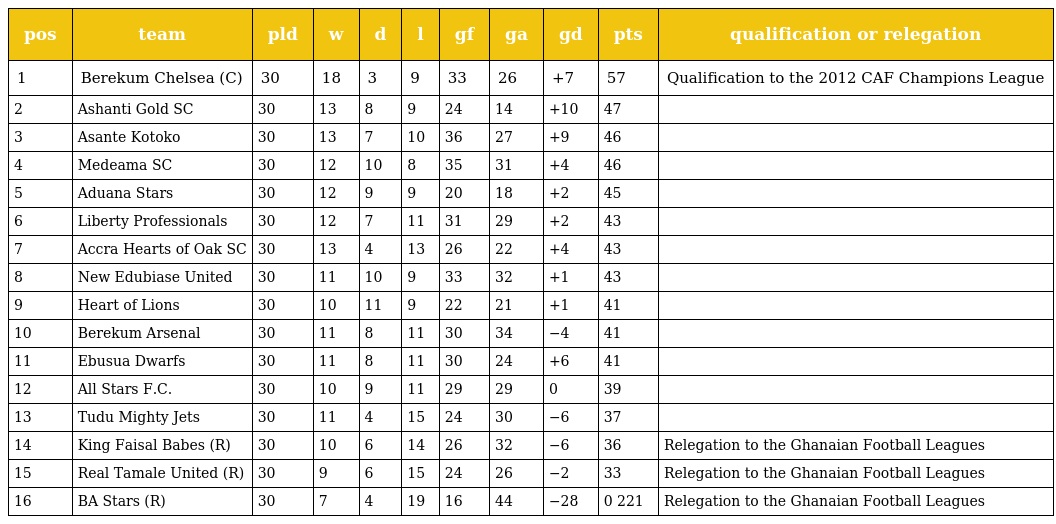
| pos | team | pld | w | d | l | gf | ga | gd | pts | qualification or relegation |
 | --- | --- | --- | --- | --- | --- | --- | --- | --- | --- | --- |
 | 1 | Berekum Chelsea (C) | 30 | 18 | 3 | 9 | 33 | 26 | +7 | 57 | Qualification to the 2012 CAF Champions League |
 | 2 | Ashanti Gold SC | 30 | 13 | 8 | 9 | 24 | 14 | +10 | 47 |  |
 | 3 | Asante Kotoko | 30 | 13 | 7 | 10 | 36 | 27 | +9 | 46 |  |
 | 4 | Medeama SC | 30 | 12 | 10 | 8 | 35 | 31 | +4 | 46 |  |
 | 5 | Aduana Stars | 30 | 12 | 9 | 9 | 20 | 18 | +2 | 45 |  |
 | 6 | Liberty Professionals | 30 | 12 | 7 | 11 | 31 | 29 | +2 | 43 |  |
 | 7 | Accra Hearts of Oak SC | 30 | 13 | 4 | 13 | 26 | 22 | +4 | 43 |  |
 | 8 | New Edubiase United | 30 | 11 | 10 | 9 | 33 | 32 | +1 | 43 |  |
 | 9 | Heart of Lions | 30 | 10 | 11 | 9 | 22 | 21 | +1 | 41 |  |
 | 10 | Berekum Arsenal | 30 | 11 | 8 | 11 | 30 | 34 | −4 | 41 |  |
 | 11 | Ebusua Dwarfs | 30 | 11 | 8 | 11 | 30 | 24 | +6 | 41 |  |
 | 12 | All Stars F.C. | 30 | 10 | 9 | 11 | 29 | 29 | 0 | 39 |  |
 | 13 | Tudu Mighty Jets | 30 | 11 | 4 | 15 | 24 | 30 | −6 | 37 |  |
 | 14 | King Faisal Babes (R) | 30 | 10 | 6 | 14 | 26 | 32 | −6 | 36 | Relegation to the Ghanaian Football Leagues |
 | 15 | Real Tamale United (R) | 30 | 9 | 6 | 15 | 24 | 26 | −2 | 33 | Relegation to the Ghanaian Football Leagues |
 | 16 | BA Stars (R) | 30 | 7 | 4 | 19 | 16 | 44 | −28 | 0 221 | Relegation to the Ghanaian Football Leagues |